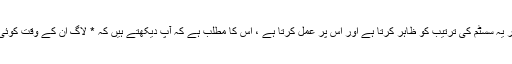
"لانچ ایٹ لاگ ان" اب ایک چیک باکس ہے اور یہ سسٹم کی ترتیب کو ظاہر کرتا ہے اور اس پر عمل کرتا ہے ، اس کا مطلب ہے کہ آپ دیکھتے ہیں کہ * لاگ ان کے وقت کوئی بھی * کاپی پیسٹ ورژن رجسٹرڈ ہے یا نہیں۔